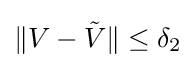
\|V-{\tilde {V}}\|\leq \delta _{2}